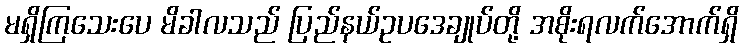
မရှိကြသေးပေ မိခါလသည် ပြည်နယ်ဥပဒေချုပ်တို့ အစိုးရလက်အောက်ရှိ